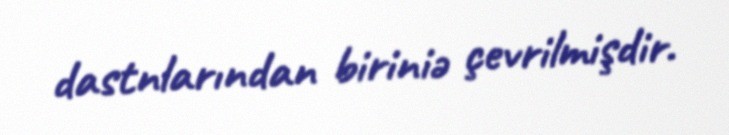
dastnlarından biriniə çevrilmişdir.